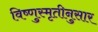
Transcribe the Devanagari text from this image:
विष्णुस्मृतीनुसार